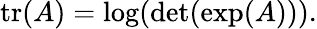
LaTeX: \operatorname{tr}(A)=\log(\operatorname*{det}(\exp(A))).